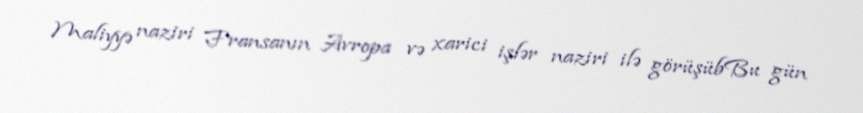
Maliyyə naziri Fransanın Avropa və xarici işlər naziri ilə görüşübBu gün